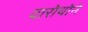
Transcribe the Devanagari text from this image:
दारोयोने